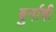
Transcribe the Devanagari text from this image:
बुर्नाबी